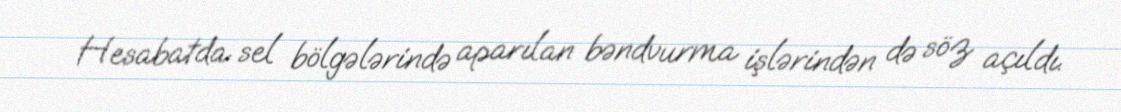
Hesabatda sel bölgələrində aparılan bəndvurma işlərindən də söz açıldı.